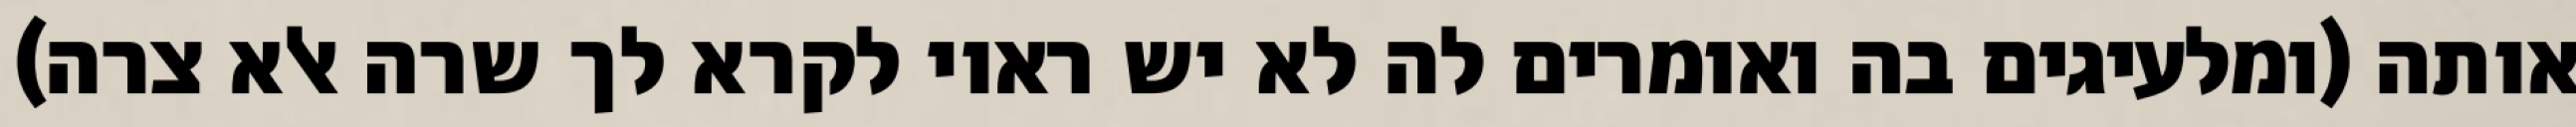
אותה (ומלעיגים בה ואומרים לה לא יש ראוי לקרא לך שרה אלא צרה)